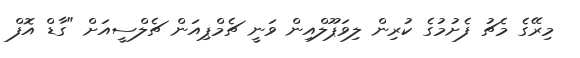
މިރޭގެ މެޗު ފެށުމުގެ ކުރިން ލިވަޕޫލްއިން ވަނީ ޗެމްޕިއަން ޗެލްސީއަށް "ގާޑް އޮފް